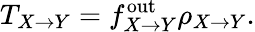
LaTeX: T_{X\to Y}=f_{X\to Y}^{\mathrm{out}}\rho_{X\to Y}.